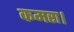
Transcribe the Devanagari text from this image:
कमरा।